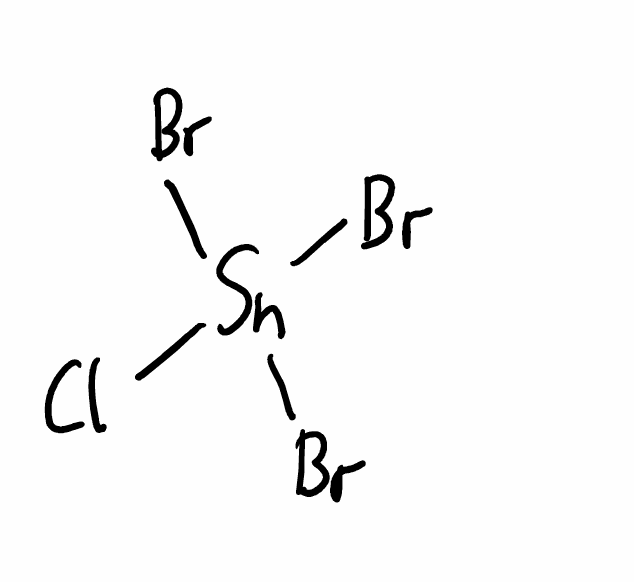
Simplified molecular-input line-entry system (SMILES) notation of the given molecule:
Cl[Sn](Br)(Br)Br